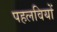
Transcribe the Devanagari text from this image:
पहलवियों